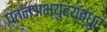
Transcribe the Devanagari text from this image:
पतनअभ्युदयबंधुर